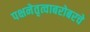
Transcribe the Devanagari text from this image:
पक्षनेतृत्वाबरोबरचे